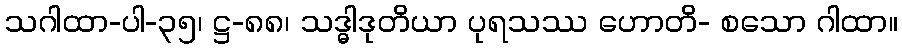
သဂါထာ-ပါ-၃၅၊ ဋ္ဌ-၈၈၊ သဒ္ဓါဒုတိယာ ပုရသဿ ဟောတိ- စသော ဂါထာ။